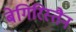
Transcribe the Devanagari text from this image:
बेगिरिस्तैन